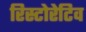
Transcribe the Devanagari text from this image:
रिस्टोरेटिव